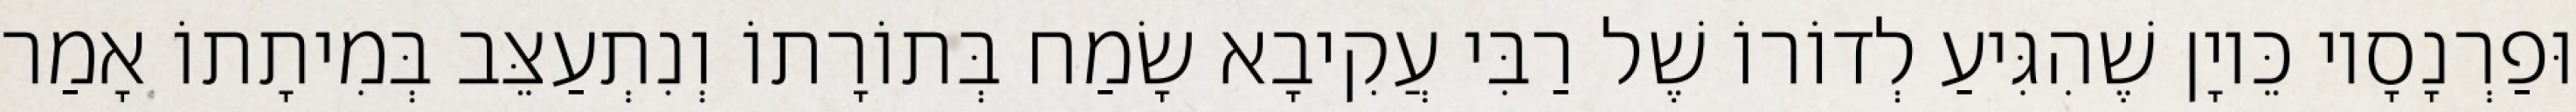
וּפַרְנָסָיו כֵּיוָן שֶׁהִגִּיעַ לְדוֹרוֹ שֶׁל רַבִּי עֲקִיבָא שָׂמַח בְּתוֹרָתוֹ וְנִתְעַצֵּב בְּמִיתָתוֹ אָמַר